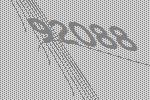
92088